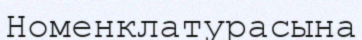
Номенклатурасына